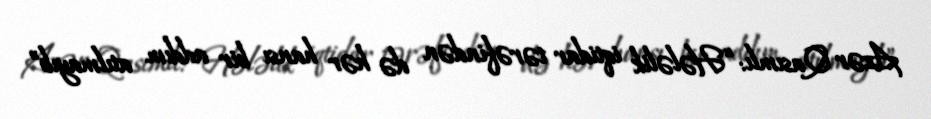
Azər Qasımlı: “Hələlik iqtidar tərəfindən də hər hansı bir addım atılmayıb”